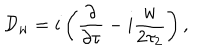
{ { \cal D } _ { w } = i \left( { \frac { \partial } { \partial \tau } } - i { \frac { w } { 2 \tau _ { 2 } } } \right) , }